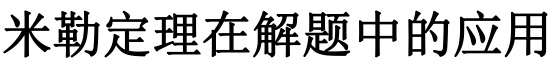
米勒定理在解题中的应用